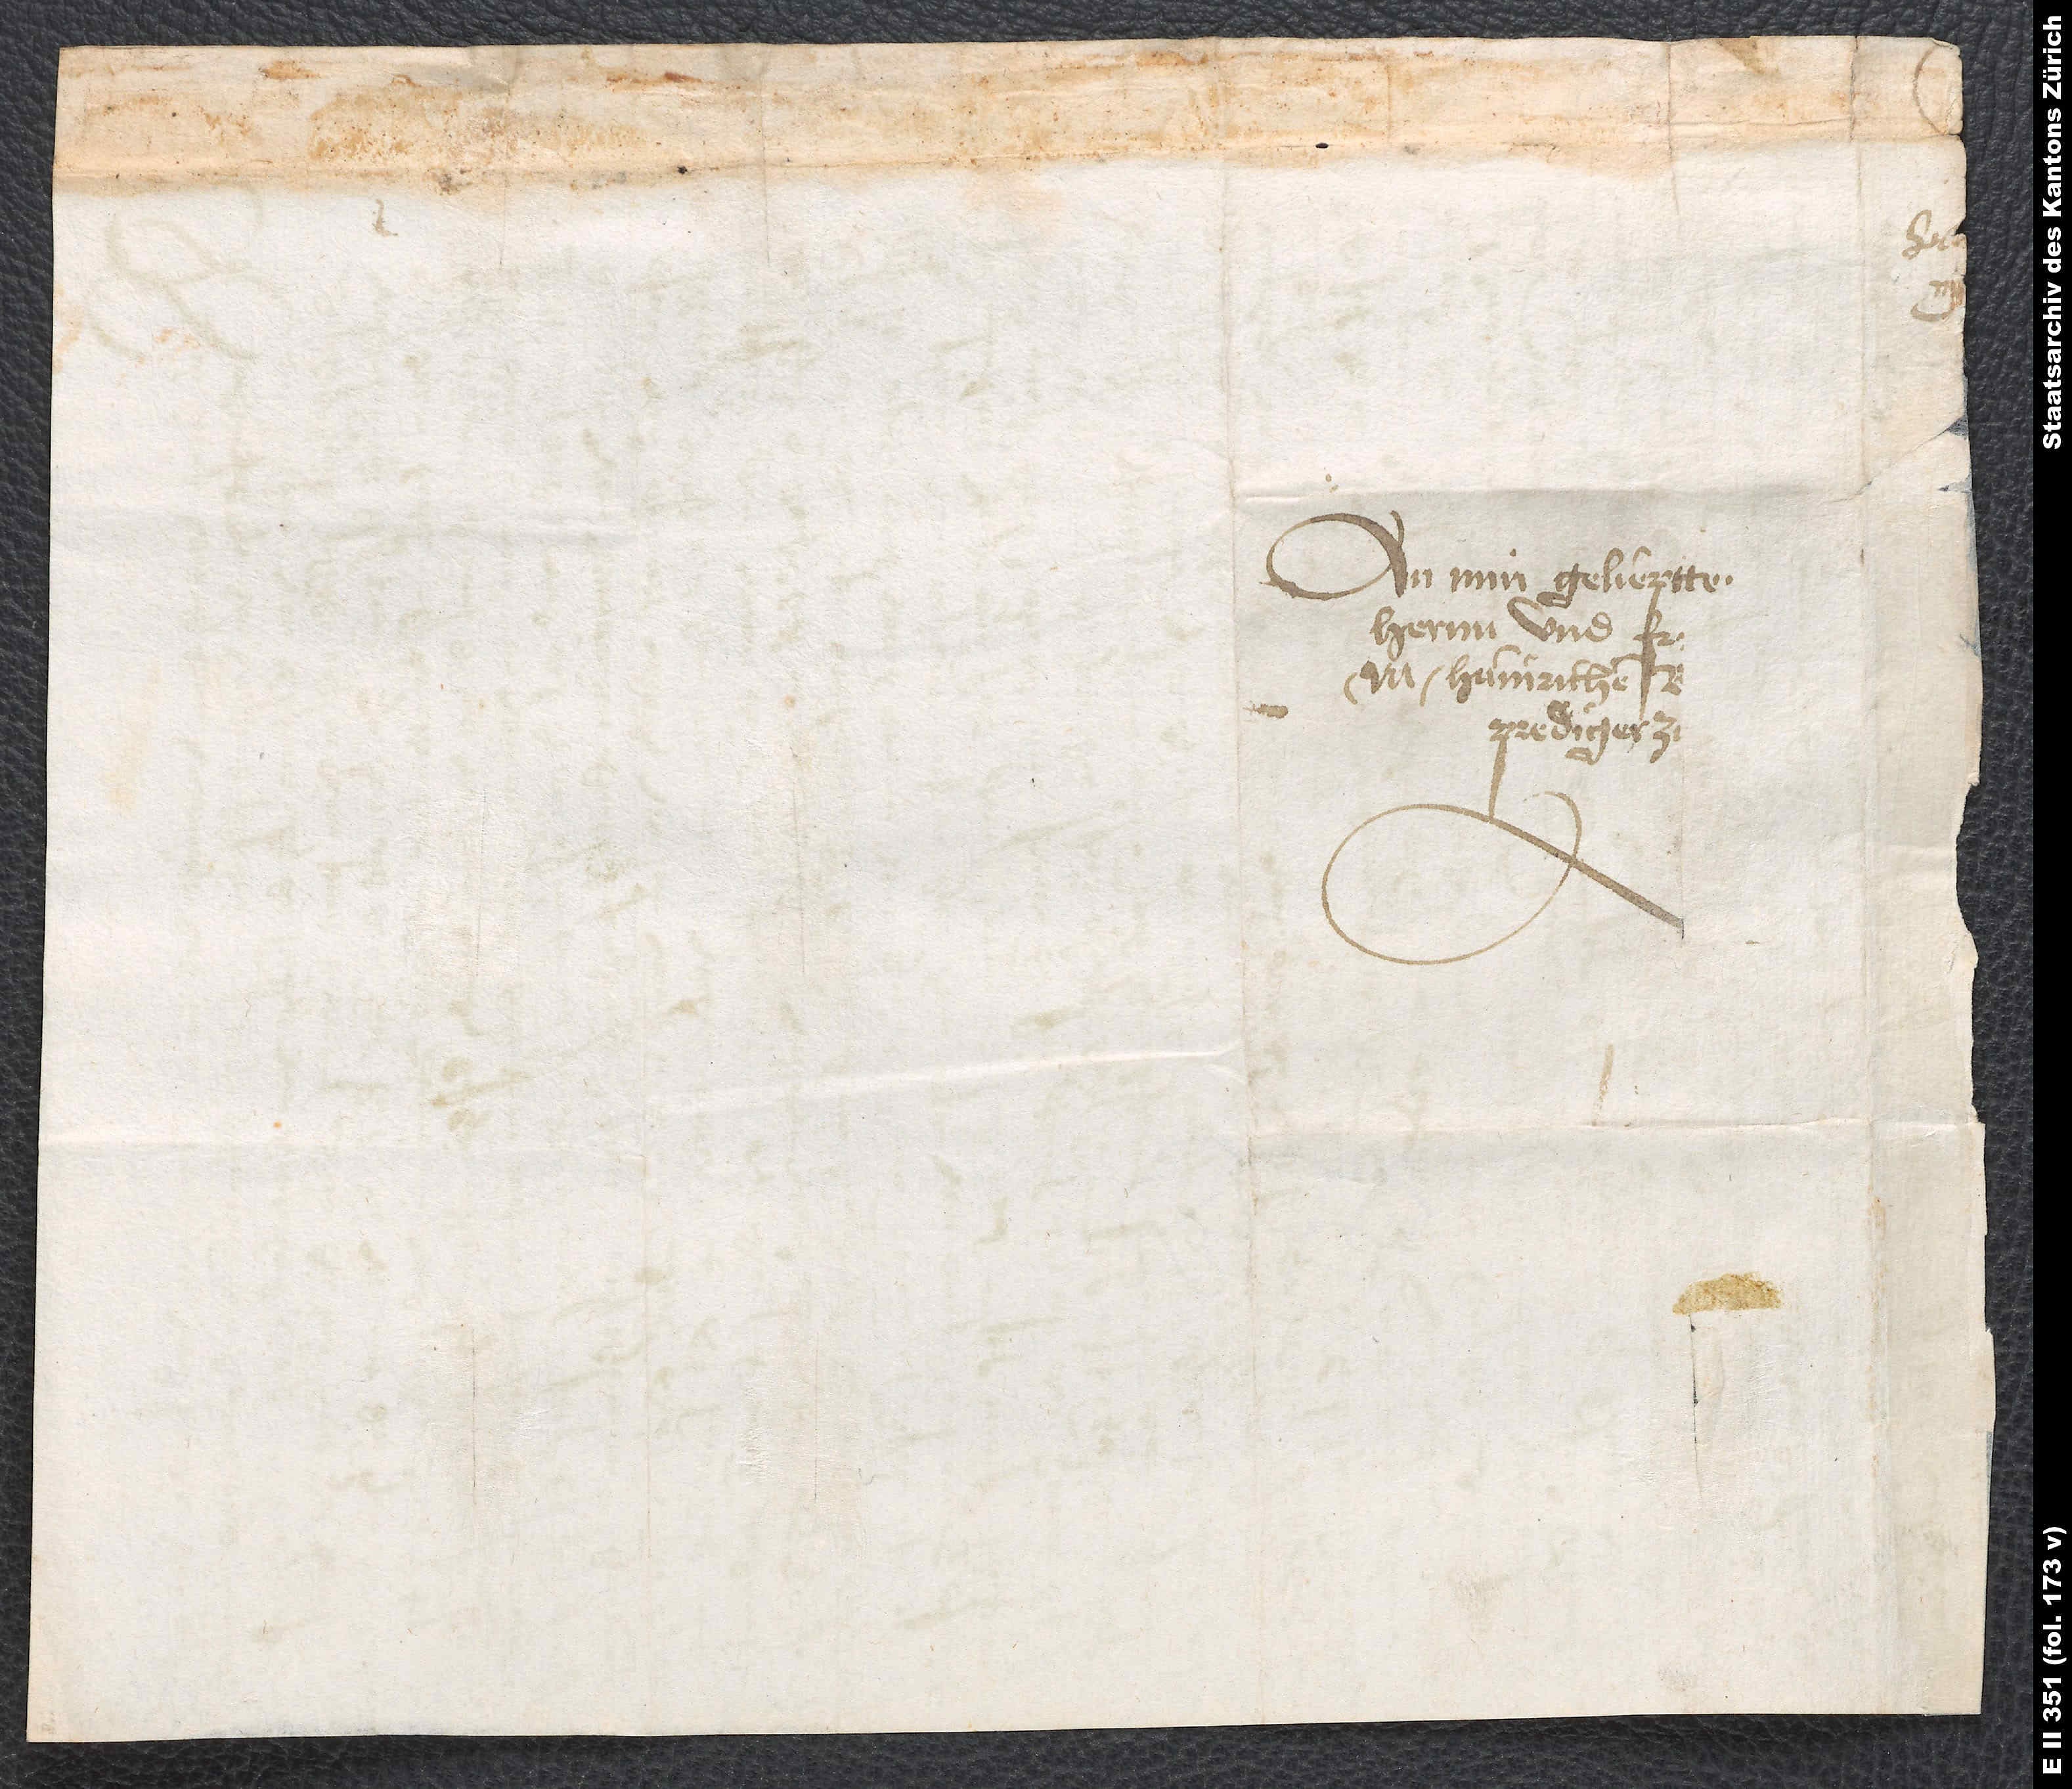
An min gelieptteich.
herr und